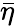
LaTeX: \bar{\eta}